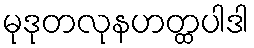
မုဒုတလုနဟတ္ထပါဒါ